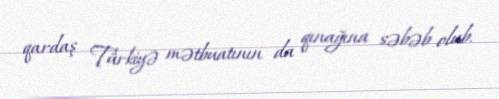
qardaş Türkiyə mətbuatının da qınağına səbəb olub.